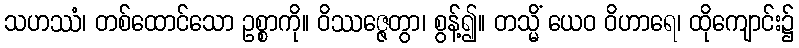
သဟဿံ၊ တစ်ထောင်သော ဥစ္စာကို။ ဝိဿဇ္ဇေတွာ၊ စွန့်၍။ တသ္မိံ ယေဝ ဝိဟာရေ၊ ထိုကျောင်း၌